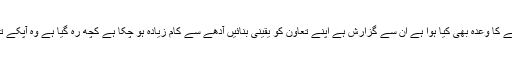
کچھ لوگوں نے تعاون کرنے کا وعدہ بھی کیا ہوا ہے ان سے گزارش ہے اپنے تعاون کو یقینی بنائیں آدھے سے کام زیادہ ہو چکا ہے کچھ رہ گیا ہے وہ آپکے تعاون کا انتظار کررہا ہے۔